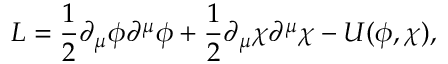
{ \cal L } = \frac { 1 } { 2 } \partial _ { \mu } \phi \partial ^ { \mu } \phi + \frac { 1 } { 2 } \partial _ { \mu } \chi \partial ^ { \mu } \chi - U ( \phi , \chi ) ,